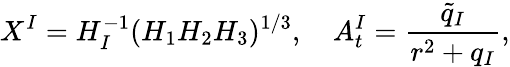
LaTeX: X^{I}=H_{I}^{-1}(H_{1}H_{2}H_{3})^{1/3},\quad A_{t}^{I}=\frac{\tilde{q}_{I}}{r^{2}+q_{I}},